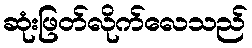
ဆုံးဖြတ်လိုက်လေသည်